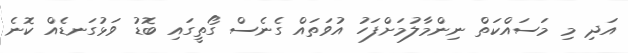
އަދި މި މަސައްކަތް ނިންމާލުމަށްފަހު އުވަތައް ގެނެސް ގޯތީގައި ބޮޑު ވަޅުގަނޑެއް ކޮނެ